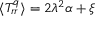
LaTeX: \langle { T _ { r r } ^ { q } } \rangle = 2 \lambda ^ { 2 } \alpha + \xi